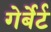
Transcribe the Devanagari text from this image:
गेर्बेर्ट